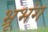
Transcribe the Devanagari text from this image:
भ्रूभंग